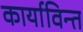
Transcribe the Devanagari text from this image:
कार्याविन्त